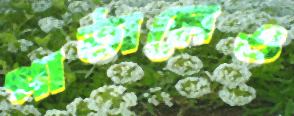
পাঠালেও